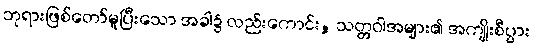
ဘုရားဖြစ်တော်မူပြီးသော အခါ၌ လည်းကောင်း, သတ္တဝါအများ၏ အကျိုးစီပွား